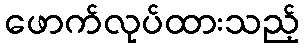
ဖောက်လုပ်ထားသည့်